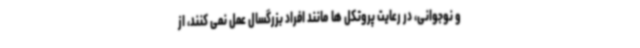
و نوجوانی، در رعایت پروتکل ها مانند افراد بزرگسال عمل نمی کنند، از